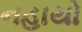
નહાયો